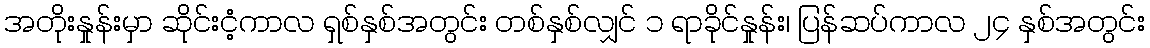
အတိုးနှုန်းမှာ ဆိုင်းငံ့ကာလ ရှစ်နှစ်အတွင်း တစ်နှစ်လျှင် ၁ ရာခိုင်နှုန်း၊ ပြန်ဆပ်ကာလ ၂၄ နှစ်အတွင်း